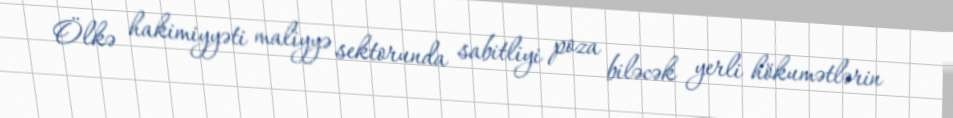
Ölkə hakimiyyəti maliyyə sektorunda sabitliyi poza biləcək yerli hökumətlərin